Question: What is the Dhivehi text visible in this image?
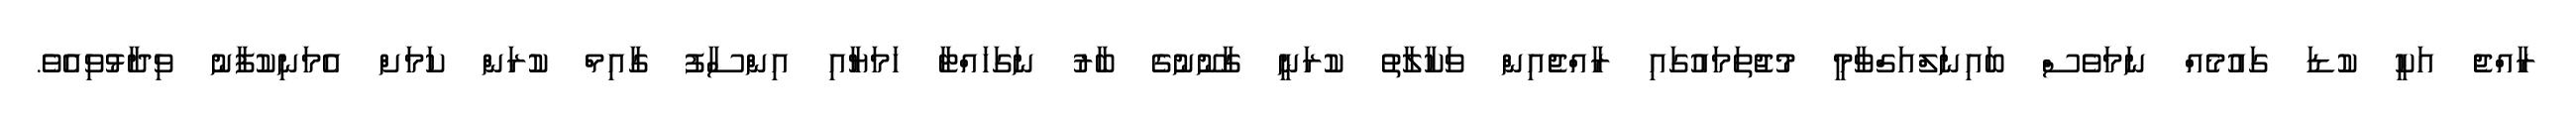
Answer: ރާއްޖެ އަކީ ކުޑަ ގައުމެއް ނަމަވެސް ބައިނަލްއަގްވާމީ މުޖުތަމައުގައި ރާއްޖެއިން ވަކާލާތު ކުރަނީ ގާނޫނުގެ ބާރު ނަގަހައްޓާ ހަމަޔާއި އިންސާފު ގާއިމް ކުރަން ކަމަށް އެމަނިކުފާނު ވިދާޅުވިއެވެ.